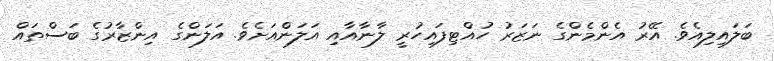
ބަލައިލިއެވެ. އޭރު އެންމެންގެ ނަޒަރު ހުއްޓިފައިހުރީ ލާނާއާއި އަލަންއަށެވެ. އަލަންގެ އިންޒާރުގެ ބަސްތައް